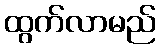
ထွက်လာမည်